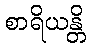
စာရိယန္တိ